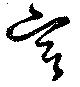
宮